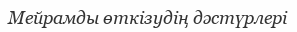
Мейрамды өткізудің дәстүрлері